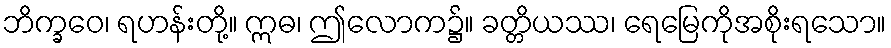
ဘိက္ခဝေ၊ ရဟန်းတို့။ ဣဓ၊ ဤလောက၌။ ခတ္တိယဿ၊ ရေမြေကိုအစိုးရသော။